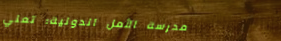
مدرسة الأمل الدولية: تعلي